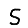
Digit: 5